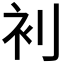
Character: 𮕥